Vaccination in Bombay 1869-1873 - 1869-1873
Year: 1869
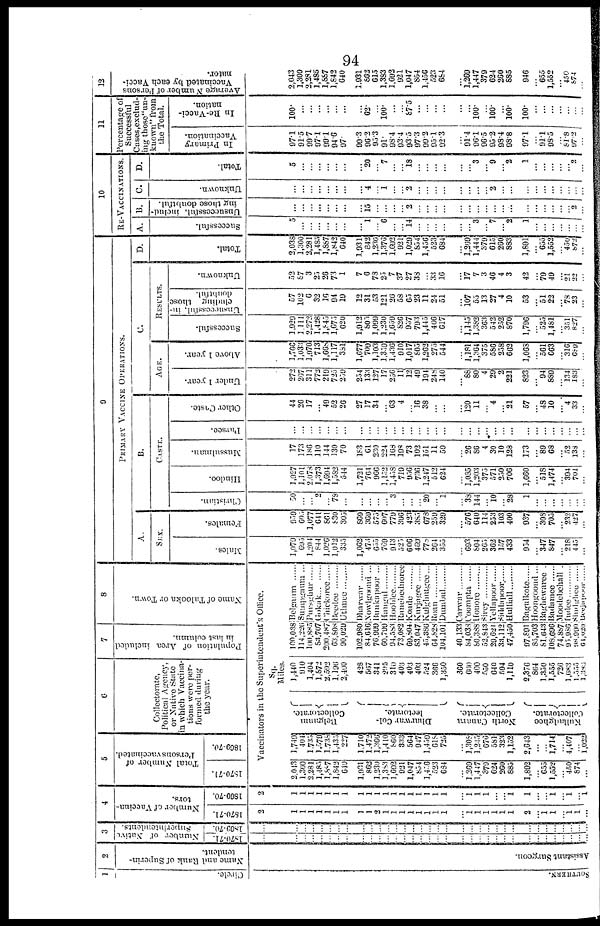
94
1
Circle.
S OUT HE RN.
2
Name and Rank of Superin-
tendent.
Assistant Sur geon.
3
Number of Native
Superintendents.
1870-71.
...
...
...
...
...
...
...
...
...
...
...
... ...
...
...
...
...
...
... ...
...
...
...
...
...
...
...
...
...
...
...
...
... ...
1869-70.
...
...
...
...
...
...
...
...
...
...
...
... ...
...
...
...
...
...
... ...
...
...
...
...
...
...
...
...
...
...
...
...
... ...
4
Number of Vaccina-
tors.
1870-71.
2
1
1
1
1
1
1
1
1
1
1
1 1
1
1
1
1
1
1 ...
1
1
1
1
1
1
2
...
1 1
... 1
1
...
1869-70.
2
1
1
1
1
1
1
1
1
1
1
1
1
1
1
1
1
1
1
...
1 1
1
...
... 1
l
...
... 1
...
1
... 1
5
Total Number of
Persons vaccinated.
1870-71.
1869-70.
6
Collectorate
Political Agency,
or Native State
in which Vaccina-
tions were per-
formed during
the year.
7
Population of Area included
in last column.
8
Name of Talooka or Town.
Vaccinators in the Superintendent's Office.
Sq.
Miles.
2,043
1,300
2,281
1,485
1,887
1,842
640
1,931
862
1,230
1,383
1,692
921
1,047
854
1,406
523
684
...
1,269
1,447
379
624
260
885
1,892
... 655
1,552
... 450
874
...
1,740
404
1,735
1,579
1,738
1,435
227
1,710
1,472
1,366
1,410
860
333
564
947
1,459
618
725
...
1,308 1,245
676
581
323
1,152
2,643
...
...
1,714
...
4,407
... 1,022
Belgaum
Collectorate.
Dharwar Col-
lectorate.
North Canara
Collectorate.
Kul l
a dghc e
Collectorate.
1,440
910
1,404
1,872
2,592
l,196
2,400
428
567
341
295
310
403
403
403
524
366
1,350
360
660
400
550
640
594
1,110
2,376
864
1,350
1,555
726
1,683
1,555
1,386
100,038
114,226
100,885
83,707
200,487
63,808
90,029
102,980
84,6106
76,999
60,799
94,583
73,082
69,804
83,047
45,386
64,828
104,101
40,133
84,038
80,388
52,843
29,621
33,112
47,450
97,891
85,703
81,643
108,696
74,887
95,986
98,990
64,020
Belgaum
Sumpgaum ...
Pursghur
Gokak
Chickoree
Beedee
Uthnee
Dharwar ......
Nowlgoond ...
Bunkapoor ...
Hangul
Hooblee
Ranebednoree .......
Koade
Kurjagee ......
Kulghutgee...
Roan
Dumbul ......
Carwar
Coompta
Honore
Sircy
Yellapoor
Siddapoor ......
Hulliall.........
Bagulkote .......
Hoougoond ...
Baghewaree .
Badamee ......
Moodebehall .
Indee
Sindghee .......
Beejapoor.
9
PRIMARY
VACCINE OPERATIONS.
A.
SEX.
Males.
1,079
695
1,204
844
1,026
1,012
335
1,062
473
655
769
913
525
606
469
778
264
355 ...
693
804
265
362
157
433
954
... 347
847
... 218
445
...
Females.
959
605
1,077
641
861
830
305
869
369
575
607
779
396
423
385
678
259
329
...
576
640
114
253
103
400
937
... 308
705
... 232
427
...
B.
CASTE.
Christian.
50
...
... 2
... 78
...
...
...
...
... 3
...
...
... 20
... 1
...
38
144
... 10
... 28
1
...
...
...
...
... ...
Hindoo.
1,927
1,101
2,078
1,373
1,694
1,582
544
1,721
764
966
1,152
1,458
719
956
736
1,247
512
624
...
1,035
1,203
375
571
250
706
1,660
... 518
1,474
... 394
701
...
Mussulman.
17
173
186
110
144
130
70
183
61
230
224
168
198
73
102
151
11
59 ...
26
86
4
30
10
128
173
... 89
68
... 52
138
...
Parscc.
...
...
...
...
...
...
...
...
...
...
... ...
...
...
...
...
...
... ...
...
...
...
...
...
...
...
...
...
...
...
... ...
...
Other Caste.
44
26
17
... 49
52
26
27
17
34
... 63
4
... 16
38
...
... ...
120
11
... 4
... 21
57
... 48
10
... 4
33
...
C.
AGE.
Under 1 year.
272
267
311
772
219
725
259
254
133
127
17
256
11
12
49
194
248
140
...
88
80
4
29
2
221
823
... 94
889
... 134
183
...
Above 1 year.
1,766
1,033
1,970
713
1,668
1,117
381
1,677
709
1,103
1,359
1,436
910
1,017
805
1,262
275
544 ...
1,181
1,364
375
586
258
662
1,068
... 561
663
... 316
689
...
RESULTS.
Successful.
1,929
1,111
2,272
1,428
1,845
1,675
620
1,912
805
1,099
1,230
1,659
826
937
793
1,445
466
617
...
1,145
1,382
363
542
252
870
1,796
... 525
1,481
... 351
827
...
Unsuccessful, in-
cluding those
doubtful.
57
102
6
32
16
94
19
12
31
53
121
26
58
65
23
11
24
51
...
107
55
13
27
4
10
53
... 51
22
... 78
23
...
Unknown.
52
87
3
25
26
73
1
7
6
78
25
7
37
27
38
... 33
16
...
17
7
3
46
4
3
42
... 79
49
...
21 22
...
D.
Total.
2,038
1,300
2,281
1,485
1,887
1,842
640
1,931
842
1,230
1,376
1,692
921
1,029
854
1,436
523
684
...
1,269
1,444
379
615
260
883
1,891
... 655
1,552
... 450
872
...
10
RE-VACCINATIONS.
A.
Successful.
5
...
...
...
...
...
...
...
1
...
... ...
... 14
...
...
...
... ...
... 3
... 7
... 2
1
...
...
...
...
...
...
...
B.
Unsuccessful, includ-
ing those doubtful.
...
...
...
...
...
...
...
...
15
...
... ...
... 2
...
...
...
... ...
...
...
...
...
...
...
...
...
...
...
...
... 2
...
C.
Unknown.
...
...
...
...
...
...
...
...
4
...
... ...
... 2
...
...
...
... ...
...
...
... 2
...
...
...
...
...
...
...
... ...
...
D.
Total.
5
...
...
...
...
...
...
...
20
...
... ...
... 18
...
...
...
... ...
... 3
... 9
... 2
1
...
...
...
...
... 2
...
11
Percentage of
Successful
Cases.exclud¬
ing thosc"un¬
known" from
the Total.
In Primary
Vaccination.
97.1
91.5
99.7
97.1
99.1
94.6
97.
99.3
96.2
95.3
... 98.4
93.4
93.5
97.3
99.2
95.1
92.3 ...
91.4
96.1
96.5
95.2
98.4
98.8
97.1
... 91.1
98.5
... 81.8
97.2
...
In Re-Vacci-
nation.
100.
...
...
...
...
...
...
...
62.
...
... ...
... 1,047
...
...
...
... ...
... 100.
... 100.
... 100.
100.
...
...
...
...
... ...
...
12
Average Number of Persons
Vaccinated by each Vacci-
nator.
2,043
1,300
2,281
1,485
1,887
1,842
640
1,931
862
615
1,383
1,692
921
1,047
854
1,456
523
684 ...
1,269
1,447
379
624
260
885
946
... 655
1,552
... 450
874
...